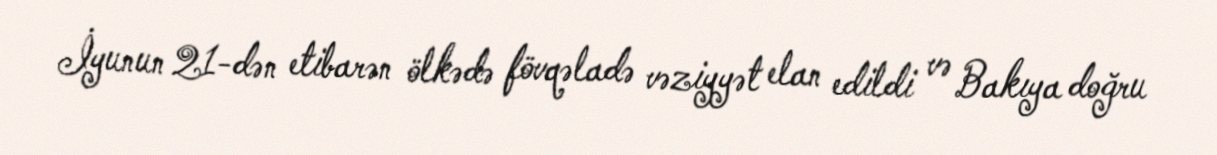
İyunun 21-dən etibarən ölkədə fövqəladə vəziyyət elan edildi və Bakıya doğru